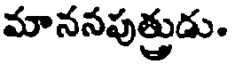
మాననపుత్తుడు.